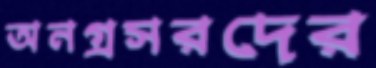
অনগ্রসরদের